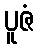
ပူဇံ